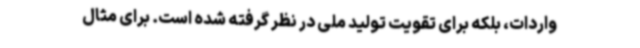
واردات، بلکه برای تقویت تولید ملی در نظر گرفته شده است. برای مثال